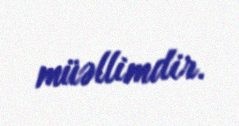
müəllimdir.